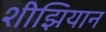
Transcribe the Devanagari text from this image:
शीझियान